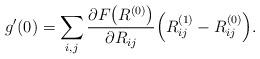
LaTeX: \begin{align*}g'(0) = \sum_{i,j} \frac {\partial F\bigl ( R^{(0)} \bigl )}{\partial R _{ij}} \Bigl ( R^{(1)}_{ij}- R^{(0)}_{ij}\Bigl ).\end{align*}